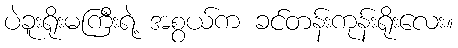
ပဲခူးရိုးမကြီးရဲ့ အစွယ်က ခင်တန်းကုန်းရိုးလေး။